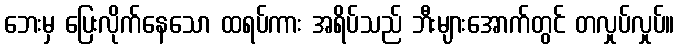
ဘေးမှ ပြေးလိုက်နေသော ထရပ်ကား အရိပ်သည် ဘီးများအောက်တွင် တလှုပ်လှုပ်။